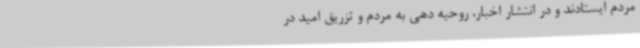
مردم ایستادند و در انتشار اخبار، روحیه دهی به مردم و تزریق امید در